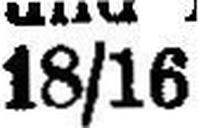
18/16